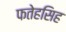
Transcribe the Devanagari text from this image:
फतेहसिह